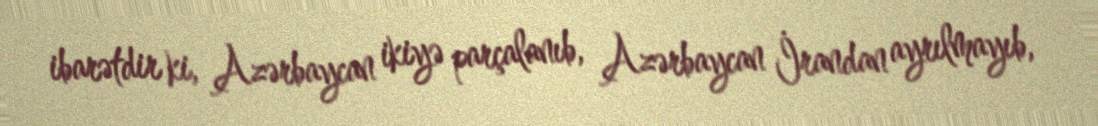
ibarətdir ki, Azərbaycan ikiyə parçalanıb, Azərbaycan İrandan ayrılmayıb,